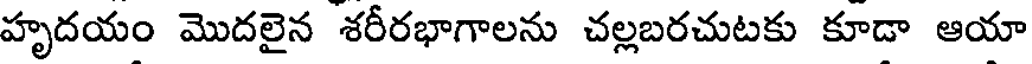
హృదయం మొదలైన శరీరభాగాలను చల్లబరచుటకు కూడా ఆయా